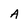
Character: A